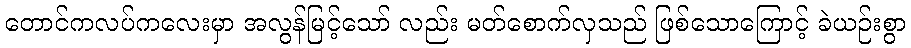
တောင်ကလပ်ကလေးမှာ အလွန်မြင့်သော် လည်း မတ်စောက်လှသည် ဖြစ်သောကြောင့် ခဲယဉ်းစွာ